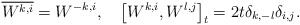
\begin{align*} \overline{W^{k, i}} = W^{-k, i}, \quad\big[W^{k, i}, W^{l, j} \big]_{t}= 2t \delta_{k, -l} \delta_{i, j} .\end{align*}